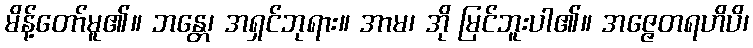
မိန့်တော်မူ၏။ ဘန္တေ၊ အရှင်ဘုရား။ အာမ၊ အို မြင်ဘူးပါ၏။ အဇ္ဇေတရဟိပိ၊